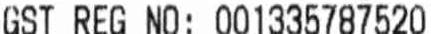
GST REG NO: 001355787520